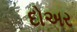
દોઅર